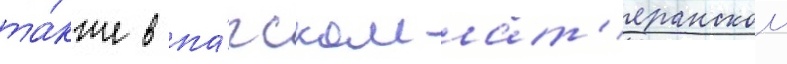
та́кже в па́пском лат'еранском